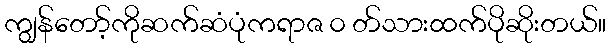
ကျွန်တော့်ကိုဆက်ဆံပုံကရာဇ ၀ တ်သားထက်ပိုဆိုးတယ်။